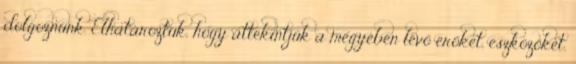
dolgoznunk. Elhatároztuk, hogy áttekintjük a megyében lévő erőket, eszközöket,